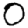
Digit: 0